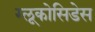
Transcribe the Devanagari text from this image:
ग्लूकोसिडेस